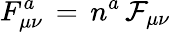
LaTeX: F_{\mu\nu}^{a}\, =\, n^{a}\, \mathcal{F}_{\mu\nu}